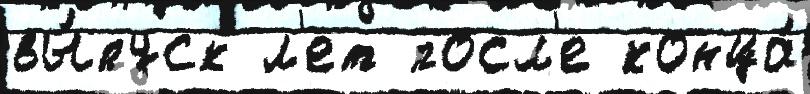
вы́пуск л'ет посл'е конца́